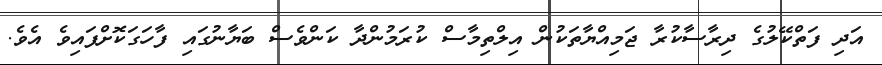
އަދި ފަތްކޭލުގެ ދިރާސާކުރާ ޖަމިއްޔާތަކުން އިލްތިމާސް ކުރަމުންދާ ކަންވެސް ބަޔާނުގައި ފާހަގަކޮށްފައިވެ އެވެ.